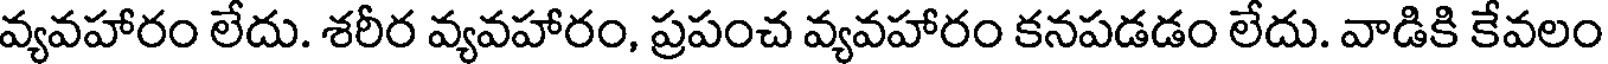
వ్యవహారం లేదు. శరీర వ్యవహారం, ప్రపంచ వ్యవహారం కనపడడం లేదు. వాడికి కేవలం